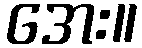
အေး။